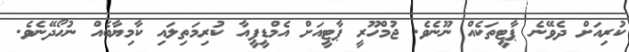
ކުރިއަށް ދެވޭނެ ޕާޓީތަކެއް ނޫނެވެ. ޖުމްހޫރީ ޕާޓީއަށް އެމްޑީޕީއާ ކުރިމަތިލައި ކާމިޔާބެއް ނުހޯދޭނެވެ.